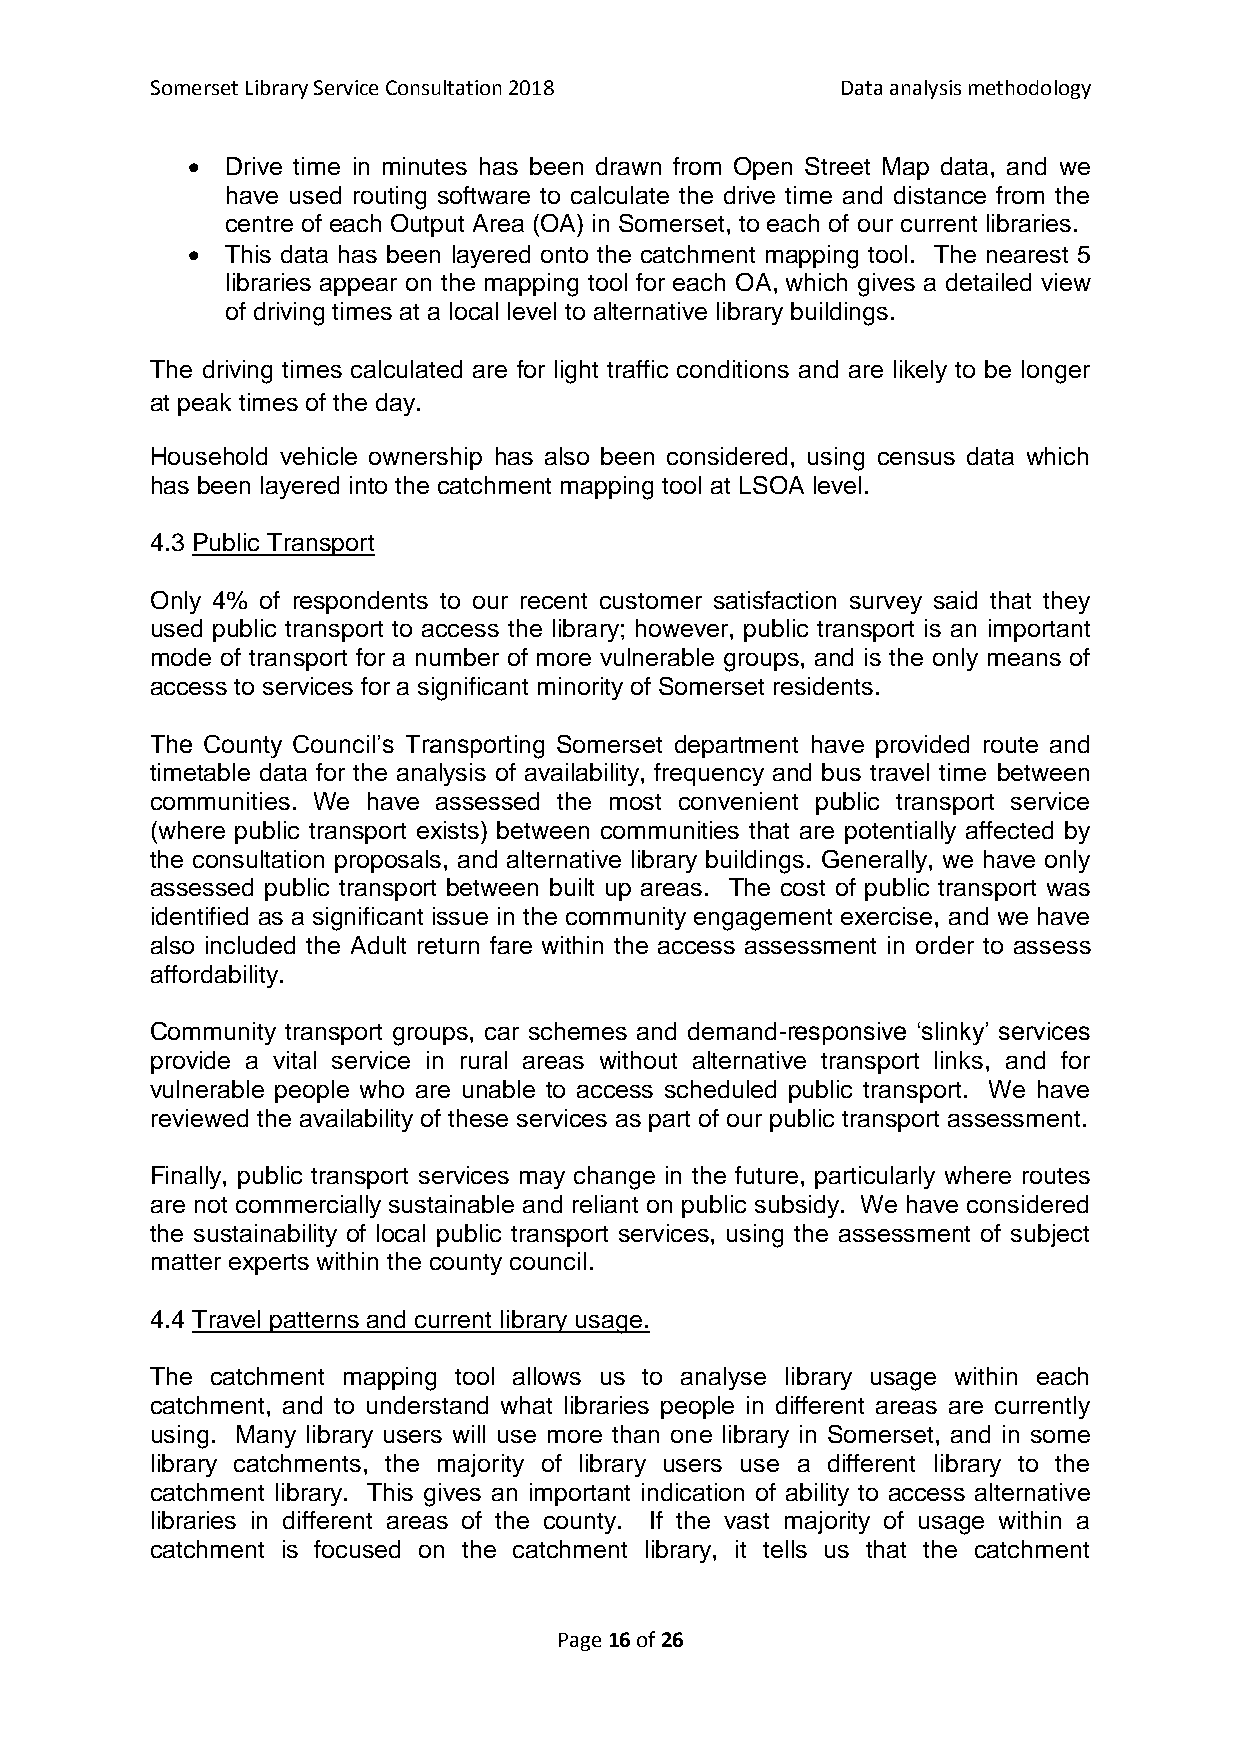
Somerset Library Service Consultation 2018    Data analysis methodology
   Drive time in minutes has been drawn from Open Street Map data, and we
 have used routing software to calculate the drive time and distance from the
 centre of each Output Area (OA) in Somerset, to each of our current libraries.
   This data has been layered onto the catchment mapping tool. The nearest 5
 libraries appear on the mapping tool for each OA, which gives a detailed view
 of driving times at a local level to alternative library buildings.
 The driving times calculated are for light traffic conditions and are likely to be longer
 at peak times of the day.
 Household vehicle ownership has also been considered, using census data which
 has been layered into the catchment mapping tool at LSOA level.
 4.3 Public Transport
 Only 4% of respondents to our recent customer satisfaction survey said that they
 used public transport to access the library; however, public transport is an important
 mode of transport for a number of more vulnerable groups, and is the only means of
 access to services for a significant minority of Somerset residents.
 The County Council’s Transporting Somerset department have provided route and
 timetable data for the analysis of availability, frequency and bus travel time between
 communities. We have assessed the most convenient public transport service
 (where public transport exists) between communities that are potentially affected by
 the consultation proposals, and alternative library buildings. Generally, we have only
 assessed public transport between built up areas. The cost of public transport was
 identified as a significant issue in the community engagement exercise, and we have
 also included the Adult return fare within the access assessment in order to assess
 affordability.
 Community transport groups, car schemes and demand-responsive ‘slinky’ services
 provide a vital service in rural areas without alternative transport links, and for
 vulnerable people who are unable to access scheduled public transport. We have
 reviewed the availability of these services as part of our public transport assessment.
 Finally, public transport services may change in the future, particularly where routes
 are not commercially sustainable and reliant on public subsidy. We have considered
 the sustainability of local public transport services, using the assessment of subject
 matter experts within the county council.
 4.4 Travel patterns and current library usage.
 The catchment mapping tool allows us to analyse library usage within each
 catchment, and to understand what libraries people in different areas are currently
 using. Many library users will use more than one library in Somerset, and in some
 library catchments, the majority of library users use a different library to the
 catchment library. This gives an important indication of ability to access alternative
 libraries in different areas of the county. If the vast majority of usage within a
 catchment is focused on the catchment library, it tells us that the catchment
 Page 16 of 26